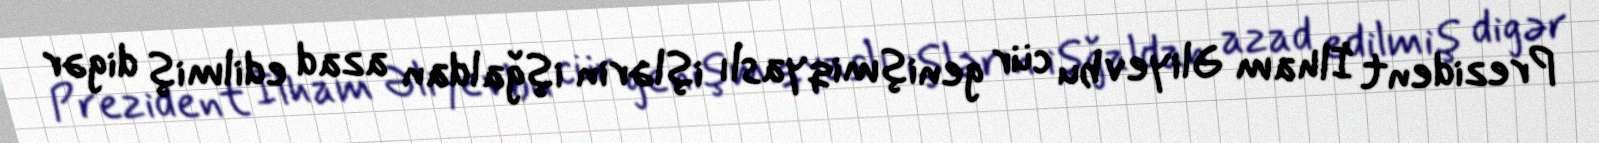
Prezident İlham Əliyev bu cür genişmiqyaslı işlərin işğaldan azad edilmiş digər